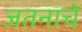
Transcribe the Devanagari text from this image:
जतनाचे